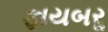
ફાયબરૢ